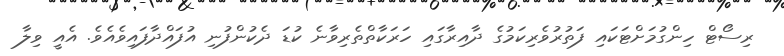
ރިސޯޓް ހިންގުމަށްޓަކައި ފަތުރުވެރިކަމުގެ ދާއިރާގައި ހަރަކާތްތެރިވާނެ ކުޑަ ދެކުންފުނި އުފައްދާފައިވެއެވެ. އެއީ ވިލާ